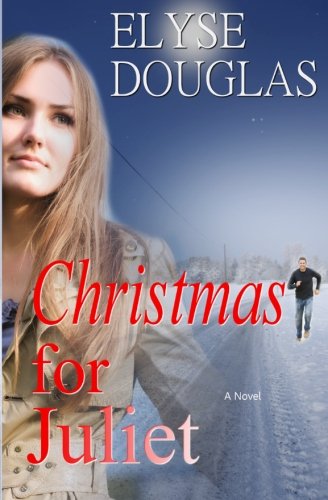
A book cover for Christmas for Juliet; Elyse Douglas; Romance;